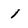
Character: 1